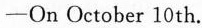
—On October 10th.